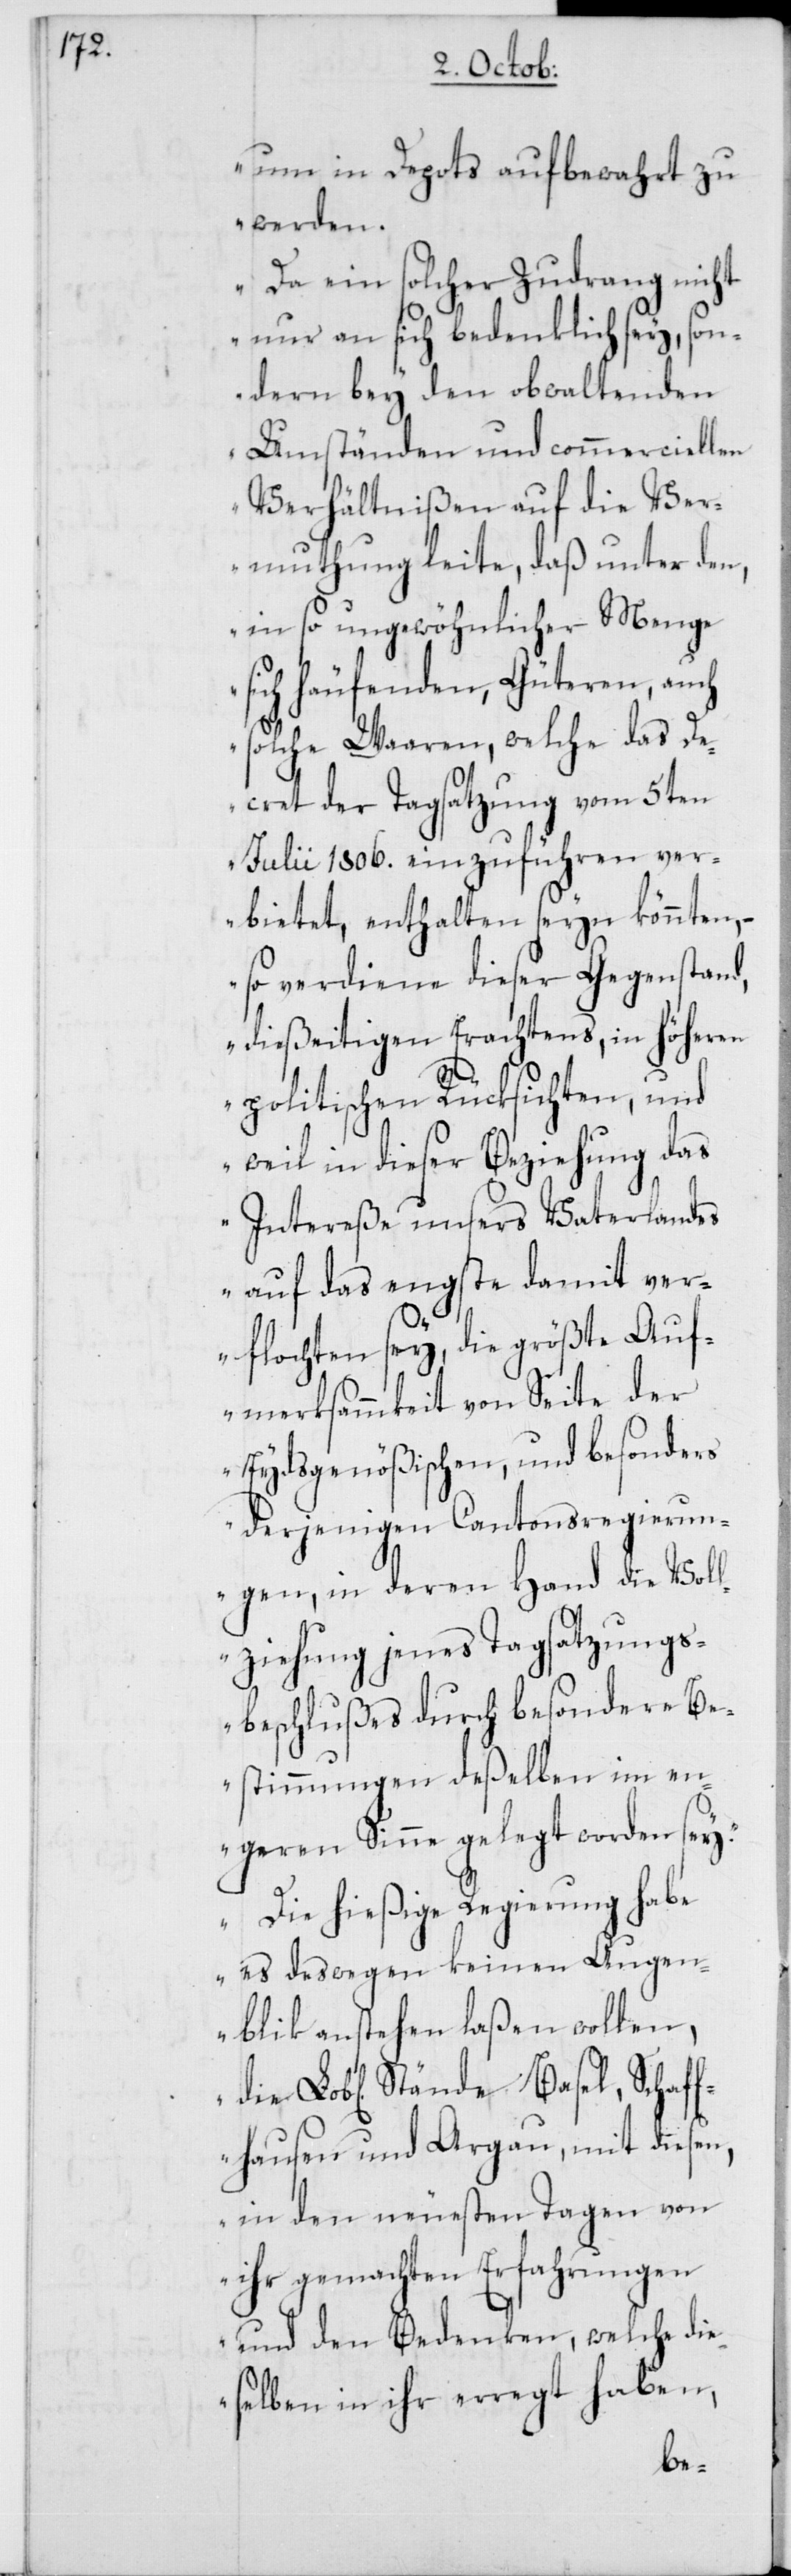
um in Depots aufbewahrt zu
werden.
Da ein solcher Zudrang nicht
nur an sich bedenklich sey, son¬
dern bey den obwaltenden
Umständen und commerciellen
Verhältnißen auf die Ver¬
muthung leite, daß unter den,
in so ungewöhnlicher Menge
sich häufenden, Güteren, auch
solche Waaren, welche das De¬
cret der Tagsatzung vom 5ten
Julii 1806. einzuführen ver¬
bietet, enthalten seyn könnten,
so verdiene dieser Gegenstand,
dießeitigen Erachtens, in höheren
politischen Rücksichten, und
weil in dieser Beziehung das
Intereße unsers Vaterlandes
auf das engste damit ver¬
flochten sey, die größte Auf¬
merksammkeit von Seite der
Eydsgenößischen, und besonders
derjenigen Cantonsregierun¬
gen, in deren Hand die Voll¬
ziehung jenes Tagsatzungs¬
beschlußes durch besondere Be¬
stimmungen deßelben im en¬
geren Sinne gelegt worden sey.
Die hießige Regierung habe
es deswegen keinen Augen¬
blik anstehen laßen wollen,
Stände Basel, Schaf¬
fhausen und Argau, mit diesen,
in den neuesten Tagen von
ihr gemachten Erfahrungen
und den Bedenken, welche die¬
selben in ihr erregt haben,